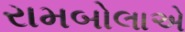
રામબોલાએ